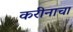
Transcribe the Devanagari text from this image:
करीनाचा